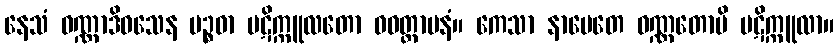
နေသံ ဝဏ္ဏာဒိဝသေန ပဉ္စဓာ ပဋိက္ကူလတော ဝဝတ္ထာပနံ။ ကေသာ နာမေတေ ဝဏ္ဏတောပိ ပဋိက္ကူလာ။